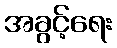
အခွင့်ရေး